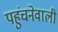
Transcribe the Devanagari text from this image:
पहुंचनेवाली